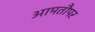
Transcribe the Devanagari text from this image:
आमतौपर